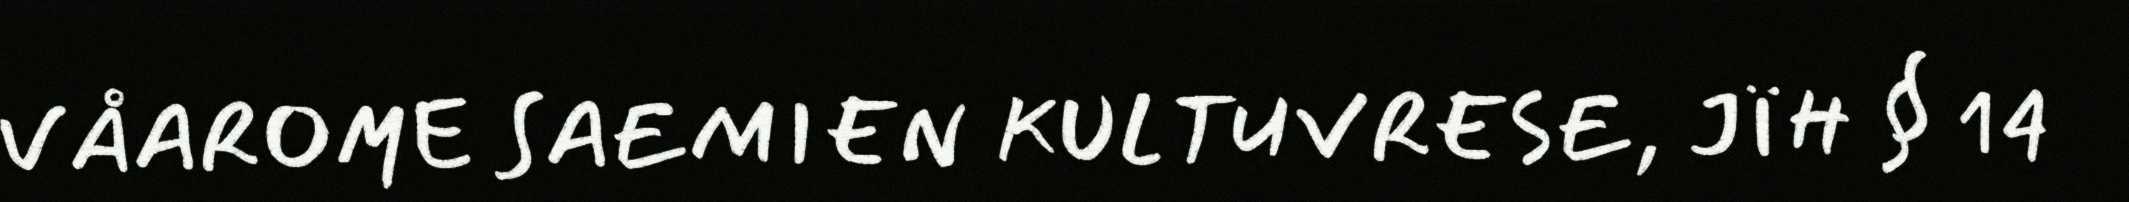
VÅAROME SAEMIEN KULTUVRESE, JÏH § 14